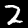
Digit: 2